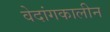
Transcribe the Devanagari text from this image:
वेदांगकालीन